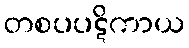
တစပပဋိကာယ